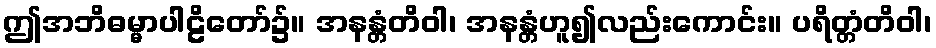
ဤအဘိဓမ္မာပါဠိတော်၌။ အနန္တံတိဝါ၊ အနန္တံဟူ၍လည်းကောင်း။ ပရိတ္တံတိဝါ၊